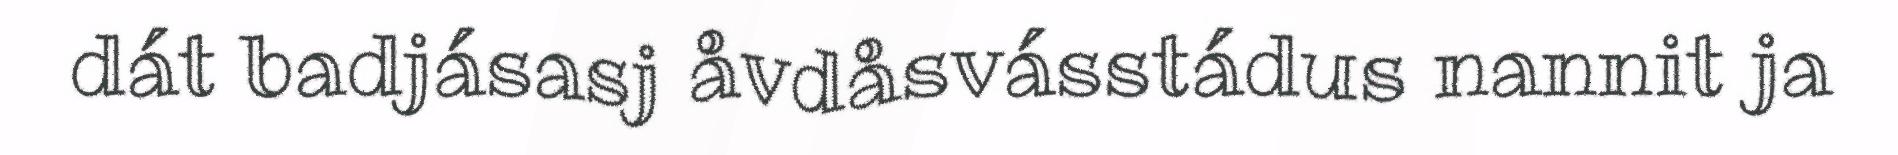
dát badjásasj åvdåsvásstádus nannit ja